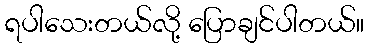
ရပါသေးတယ်လို့ ပြောချင်ပါတယ်။